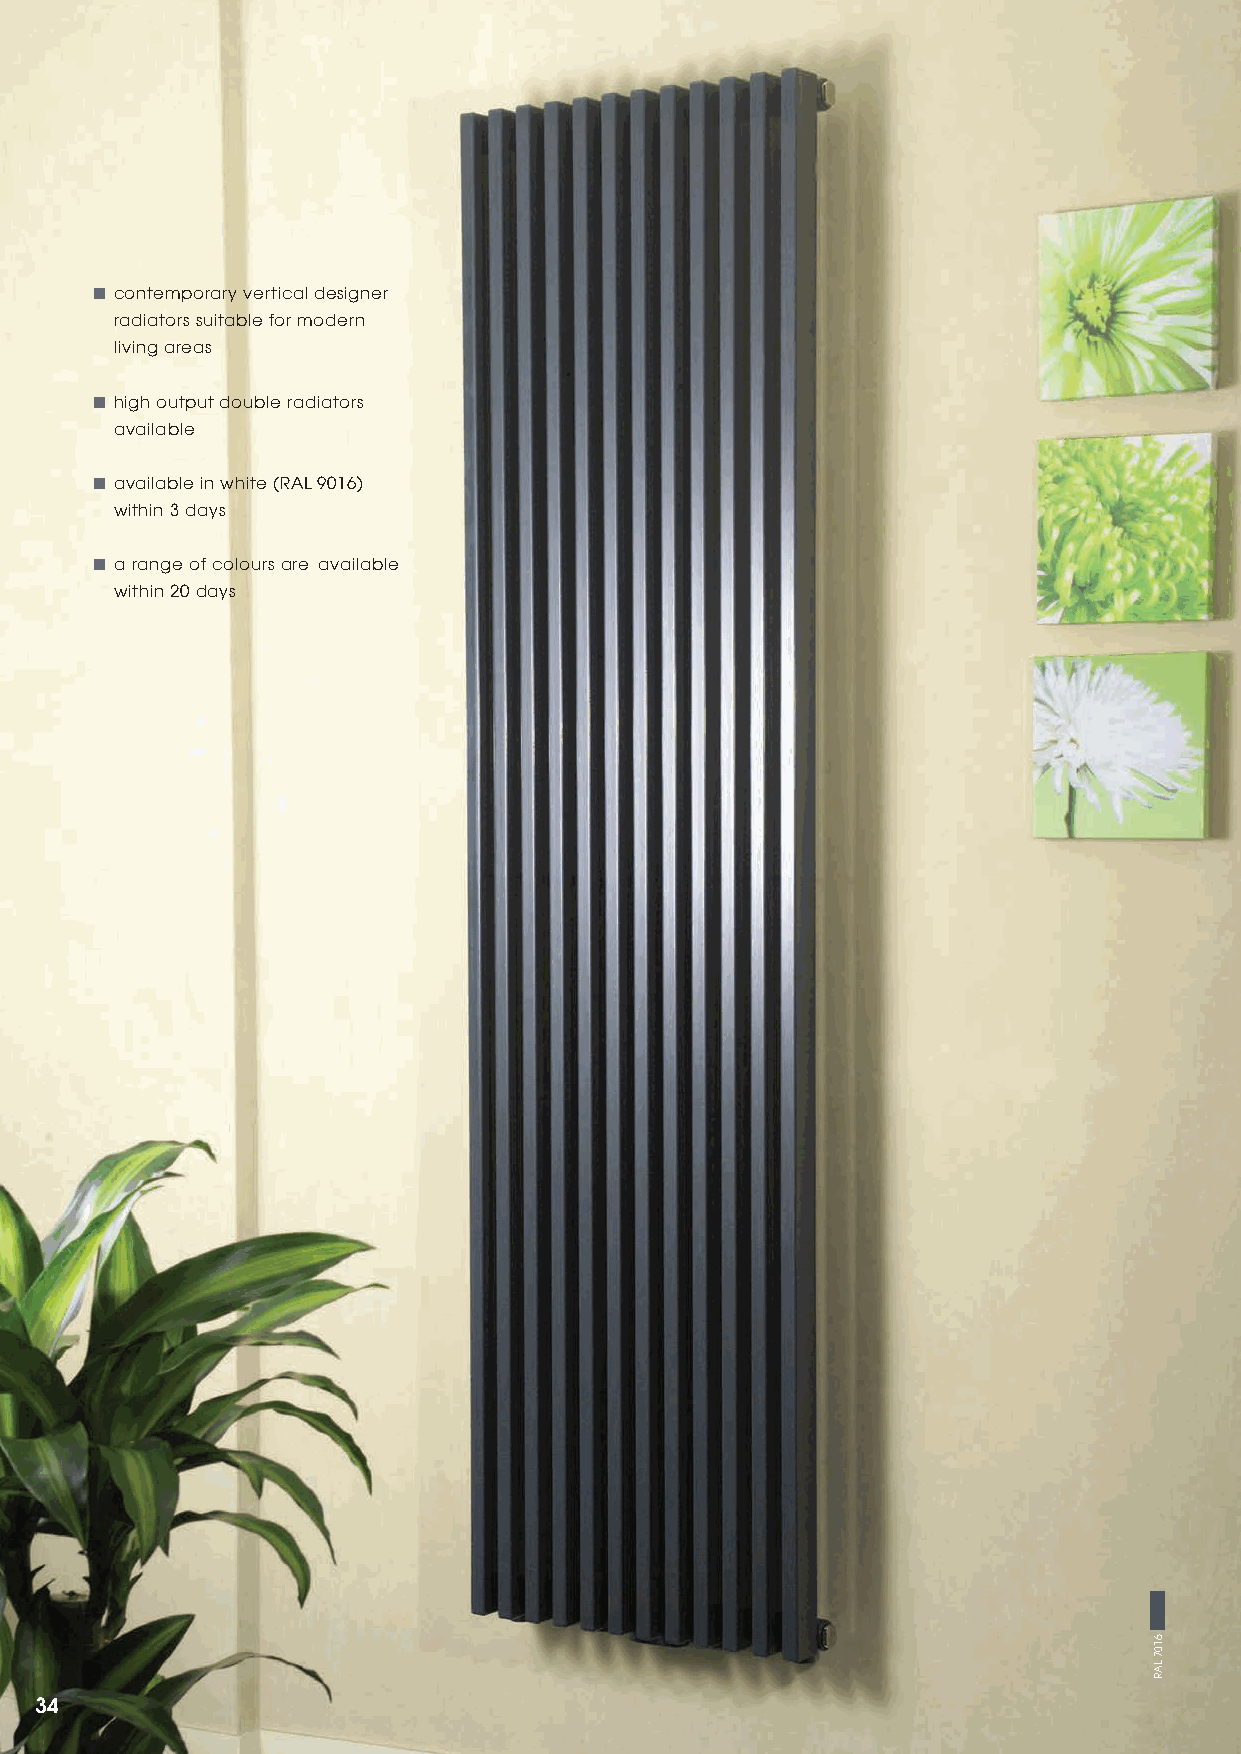
■ contemporary vertical designer
 radiators suitable for modern
 living areas
 ■ high output double radiators
 available
 ■ available in white (RAL 9016)
 within 3 days
 ■ a range of colours are available
 within 20 days
 34
 6107
 LAR